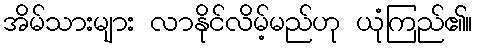
အိမ်သားများ လာနိုင်လိမ့်မည်ဟု ယုံကြည်၏။